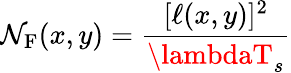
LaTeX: \mathcal{N}_{\textrm{{F}}}(x,y)=\frac{{[\ell(x,y)]^{2}}}{{\lambdaT_{s}}}